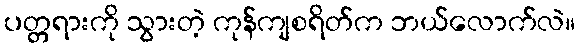
ပတ္တရားကို သွားတဲ့ ကုန်ကျစရိတ်က ဘယ်လောက်လဲ။